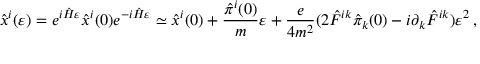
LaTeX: { \hat { x } } ^ { i } ( \varepsilon ) = e ^ { i { \hat { H } } \varepsilon } { \hat { x } } ^ { i } ( 0 ) e ^ { - i { \hat { H } } \varepsilon } \simeq { \hat { x } } ^ { i } ( 0 ) + { \frac { { \hat { \pi } } ^ { i } ( 0 ) } { m } } \varepsilon + { \frac { e } { 4 m ^ { 2 } } } ( 2 { \hat { F } } ^ { i k } { \hat { \pi } } _ { k } ( 0 ) - i \partial _ { k } { \hat { F } } ^ { i k } ) \varepsilon ^ { 2 } \, ,